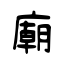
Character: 廟